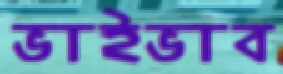
ভাইভাব